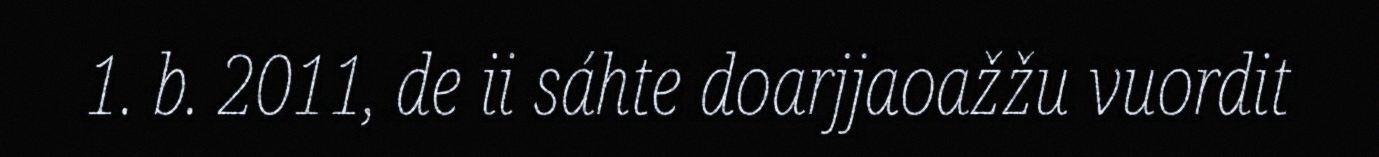
1. b. 2011, de ii sáhte doarjjaoažžu vuordit